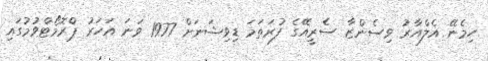
ހިމެނޭ އެލްއާރު ވިސެންޒާ ސެރީއޭގެ ފުރަތަމަ ޑިވިޝަނަށް 1977 ވަނަ އަހަރު ޕްރޮމޯޓްވުމުގައި